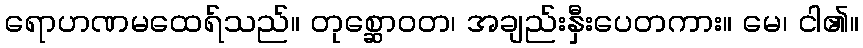
ရောဟဏမထေရ်သည်။ တုစ္ဆောဝတ၊ အချည်းနှီးပေတကား။ မေ၊ ငါ၏။